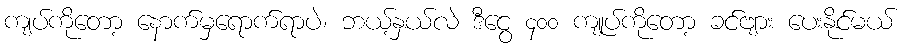
ကျပ်ကိုတော့ နောက်မှရောက်ရာပဲ၊ ဘယ့်နှယ်လဲ ဒီငွေ ၄၀၀ ကျုပ်ကိုတော့ ခင်ဗျား ပေးနိုင်မယ်